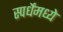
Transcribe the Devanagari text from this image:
स्पर्धेंमध्ये